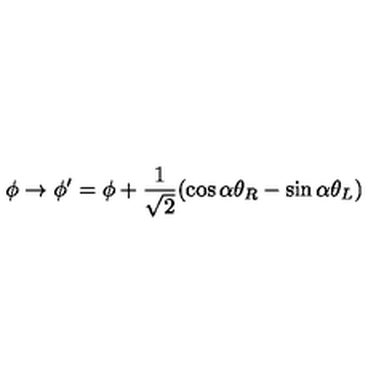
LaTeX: \phi \rightarrow \phi ^ { \prime } = \phi + \frac { 1 } { \sqrt { 2 } } ( \cos \alpha \theta _ { R } - \sin \alpha \theta _ { L } )